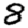
Digit: 8